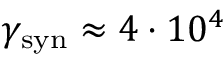
\gamma _ { \mathrm { s y n } } \approx 4 \cdot 1 0 ^ { 4 }